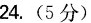
24.(5分)